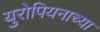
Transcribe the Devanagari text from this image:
युरोपियनाच्या